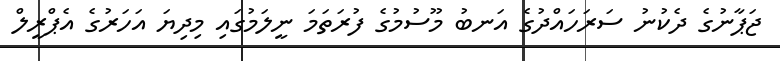
ޖަޕާނުގެ ދެކުނު ސަރަހައްދުގެ އަނބު މޫސުމުގެ ފުރަތަމަ ނީލަމުގައި މިދިޔަ އަހަރުގެ އެޕްރީލް